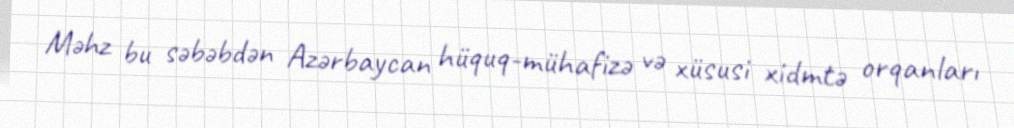
Məhz bu səbəbdən Azərbaycan hüquq-mühafizə və xüsusi xidmtə orqanları